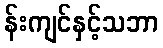
န်းကျင်နှင့်သဘာ